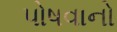
પોષવાનો